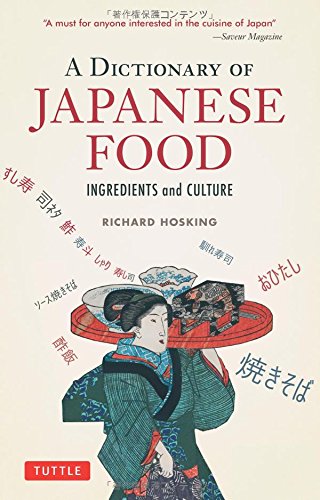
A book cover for A Dictionary of Japanese Food: Ingredients and Culture; Richard Hosking; Cookbooks, Food & Wine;